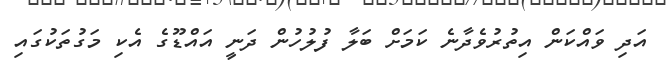
އަދި ވައްކަން އިތުރުވެދާނެ ކަމަށް ބަލާ ފުލުހުން ދަނީ އައްޑޫގެ އެކި މަގުތަކުގައި